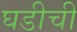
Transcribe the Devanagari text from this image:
घडीची